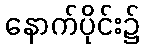
နောက်ပိုင်း၌